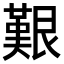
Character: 艱